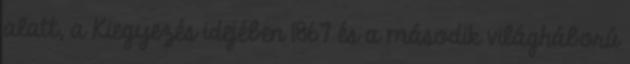
alatt, a Kiegyezés idejében 1867 és a második világháború